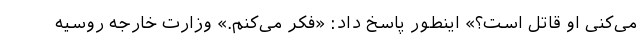
می‌کنی او قاتل است؟» اینطور پاسخ داد: «فکر می‌کنم.» وزارت خارجه روسیه